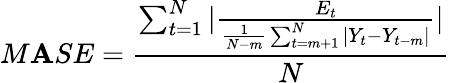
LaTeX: M\mathbf{A}SE={\frac{{\sum_{t=1}^{N}|{\frac{{E_{t}}}{{{\frac{{1}}{{N-m}}}\sum_{t=m+1}^{N}|Y_{t}-Y_{t-m}|}}}|}}{{N}}}